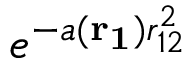
e ^ { - a ( \mathbf { r _ { 1 } } ) r _ { 1 2 } ^ { 2 } }